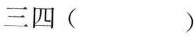
三四()